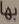
بها